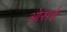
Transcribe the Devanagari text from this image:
ओसई